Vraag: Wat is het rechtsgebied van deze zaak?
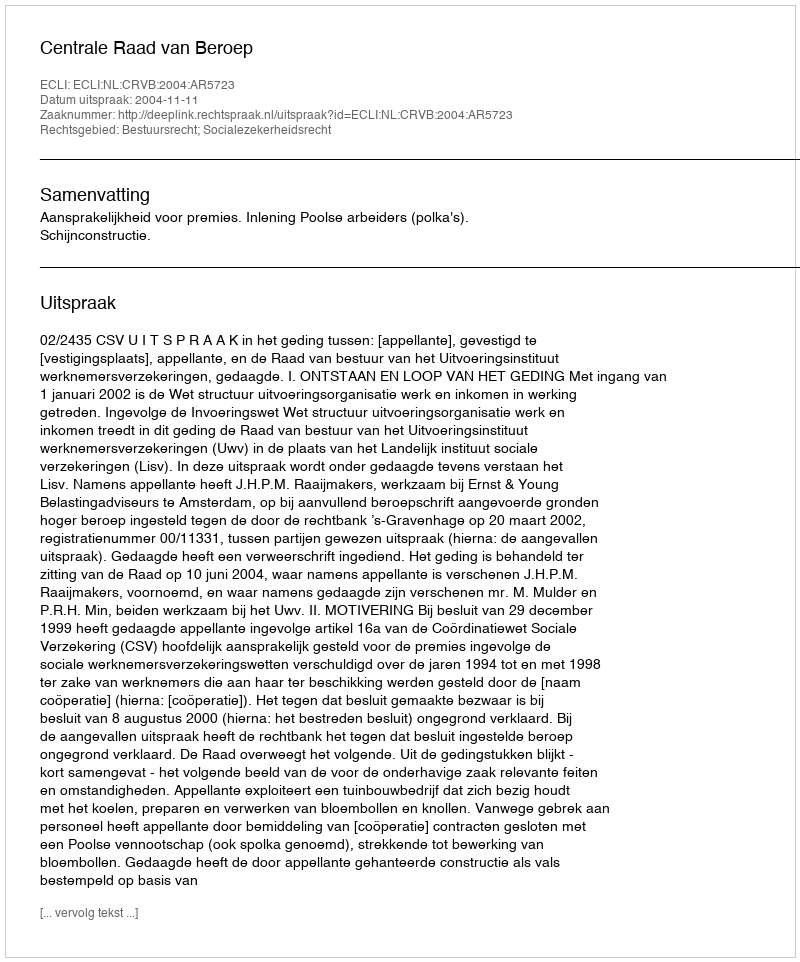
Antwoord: Bestuursrecht; Socialezekerheidsrecht